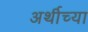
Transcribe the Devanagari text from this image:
अर्थीच्या